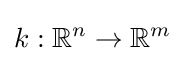
k:\mathbb {R} ^{n}\to \mathbb {R} ^{m}